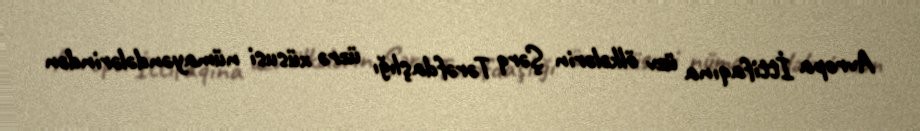
Avropa İttifaqına üzv ölkələrin Şərq Tərəfdaşlığı üzrə xüsusi nümayəndələrindən